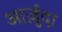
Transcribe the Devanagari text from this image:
आर्ज़ुदा